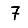
Digit: 7